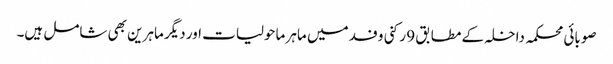
صوبائی محکمہ داخلہ کے مطابق 9 رکنی وفد میں ماہر ماحولیات اور دیگر ماہرین بھی شامل ہیں۔